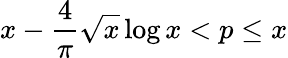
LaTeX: x-{\frac{4}{\pi}}{\sqrt{x}}\log x<p\leq x